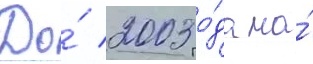
До́ 2003 го́да на́